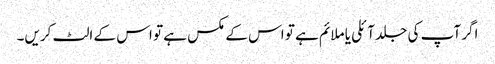
اگر آپ کی جلد آئلی یا ملائم ہے تو اس کے مکس ہے تو اس کے الٹ کریں۔